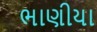
ભાણીયા